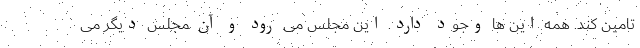
تامین کند. همه این ها وجود دارد. این مجلس می رود و آن مجلس دیگر می